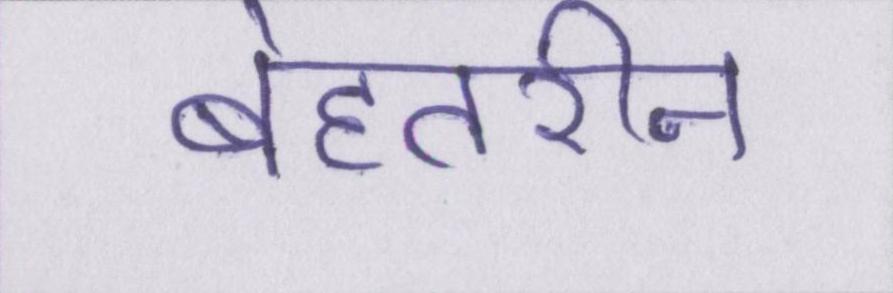
बेहतरीन